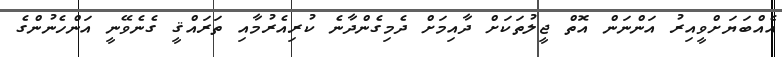
އެއްބަޔަށްވީއިރު އަންނަން އޮތް ޖީލުތަކަށް ދާއިމަށް ދެމިގެންދާނެ ކުރިއެރުމާއި ތަރައްޤީ ގެނެވޭނީ އަންހެނުންގެ